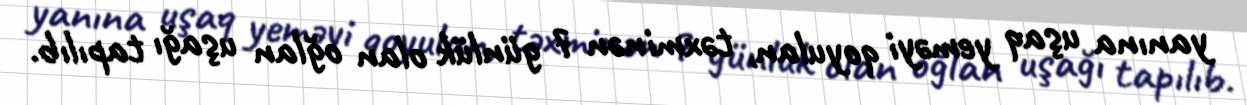
yanına uşaq yeməyi qoyulan, təxminən 7 günlük olan oğlan uşağı tapılıb.